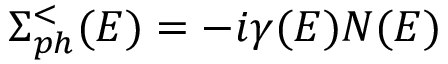
\Sigma _ { p h } ^ { < } ( E ) = - i \gamma ( E ) N ( E )